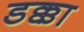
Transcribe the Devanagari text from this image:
डक्का